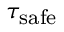
\tau _ { \mathrm { s a f e } }